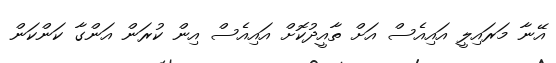
އޭނާ މަރައިލީ އައިއެސް އަށް ތާއީދުކޮށް އައިއެސް އިން ކުރަން އަންގާ ކަންކަން